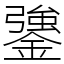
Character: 䥒